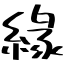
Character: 緣